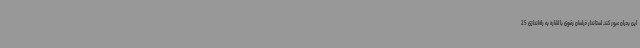
این بحران عبور کند.‌ استاندار خراسان رضوی با اشاره به راه‌اندازی 25